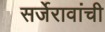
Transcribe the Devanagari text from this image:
सर्जेरावांची